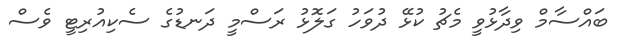
ބައްސާމް ވިދާޅުވީ މެޗު ކުޅޭ ދުވަހު ގަލޮޅު ރަސްމީ ދަނޑުގެ ސެކިއުރިޓީ ވެސް